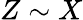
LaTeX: Z\sim X